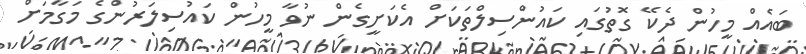
ބައެއް މީހުން ދެކޭ ގޮތުގައި ކައުންސިލްތަކަށް އެކަށީގެން ނުވާ މީހުން ކައުސިލަރުންގެ މަގާމަށް